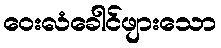
ဝေးလံခေါင်ဖျားသော